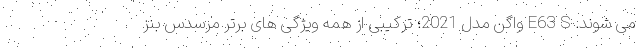
می شوند. E63 S واگن مدل 2021؛ ترکیبی از همه ویژگی های برتر مرسدس بنز